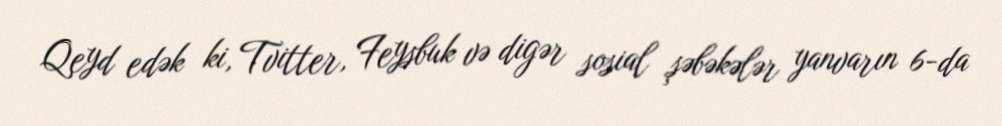
Qeyd edək ki, Tvitter, Feysbuk və digər sosial şəbəkələr yanvarın 6-da